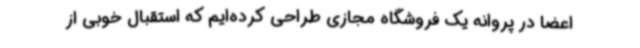
اعضا در پروانه یک فروشگاه مجازی طراحی کرده‌ایم که استقبال خوبی از